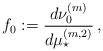
LaTeX: \begin{align*} f_0 := \frac{d\nu_0^{(m)}}{d\mu^{(m,2)}_\star} \,, \end{align*}